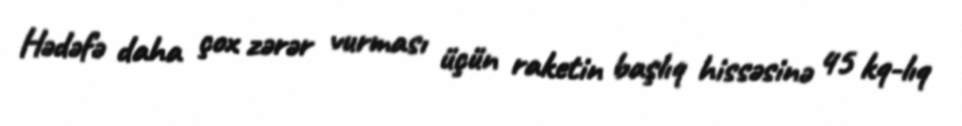
Hədəfə daha çox zərər vurması üçün raketin başlıq hissəsinə 45 kq-lıq